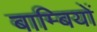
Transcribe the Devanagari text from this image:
बाम्बियों